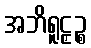
အဘိရူဠှဉ္စ